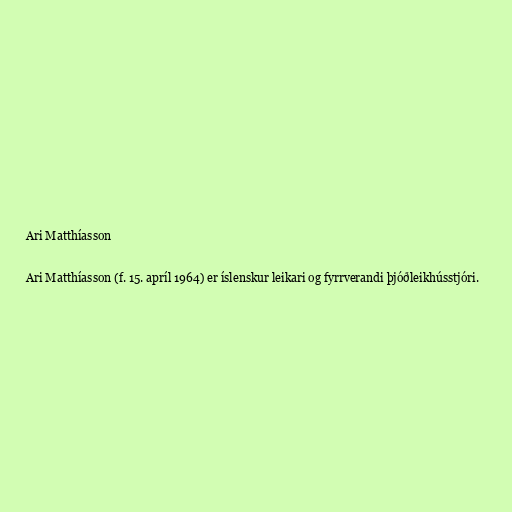
Ari Matthíasson

Ari Matthíasson (f. 15. apríl 1964) er íslenskur leikari og fyrrverandi þjóðleikhússtjóri.